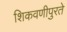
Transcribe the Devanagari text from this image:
शिकवणीपुरते